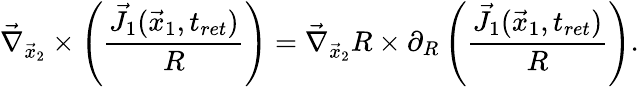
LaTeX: \vec{\nabla}_{\vec{x}_{2}}\times\left(\frac{\vec{J}_{1}(\vec{x}_{1},t_{ret})}{R}\right)=\vec{\nabla}_{\vec{x}_{2}}R\times\partial_{R}\left(\frac{\vec{J}_{1}(\vec{x}_{1},t_{ret})}{R}\right).